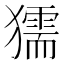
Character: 獳